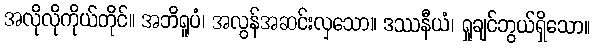
အလိုလိုကိုယ်တိုင်။ အဘိရူပံ၊ အလွန်အဆင်းလှသော။ ဒဿနီယံ၊ ရှုချင်ဘွယ်ရှိသော။